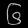
Digit: ၆